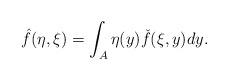
LaTeX: \begin{align*}\hat f(\eta,\xi)=\int_{A}\eta(y)\check f(\xi,y)dy.\end{align*}